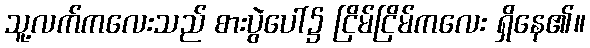
သူ့လက်ကလေးသည် စားပွဲပေါ်၌ ငြိမ်ငြိမ်ကလေး ရှိနေ၏။